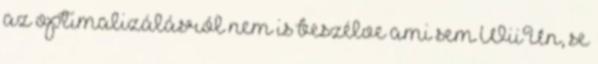
az optimalizálásról nem is beszélve ami sem WiiUn, se